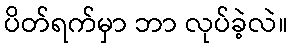
ပိတ်ရက်မှာ ဘာ လုပ်ခဲ့လဲ။